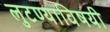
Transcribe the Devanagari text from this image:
लुटण्याविषयी